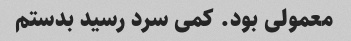
معمولی بود. کمی سرد رسید بدستم